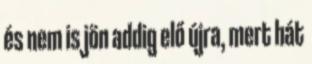
és nem is jön addig elő újra, mert hát